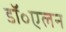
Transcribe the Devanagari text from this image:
डॉ॰एलन